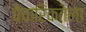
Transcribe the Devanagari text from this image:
वैचारिकतेला